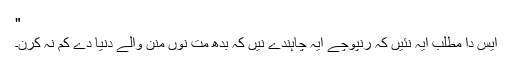
"
ایس دا مطلب ایہ نئیں کہ رنپوچے ایہ چاہندے نیں کہ بدھ مت نوں منن والے دنیا دے کم نہ کرن۔